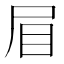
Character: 𭕘